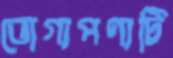
ভোগ্যপণ্যটি